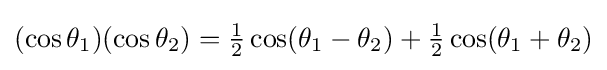
(\cos \theta _{1})(\cos \theta _{2})={\tfrac {1}{2}}\cos(\theta _{1}-\theta _{2})+{\tfrac {1}{2}}\cos(\theta _{1}+\theta _{2})